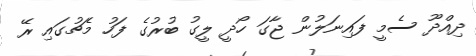
ދިއްދޫ ސެމީ ފައިނަލުން ޖާގަ ހޯދީ ލީގު ބުރުގެ ފަހު މެޗުގައި ރޭ